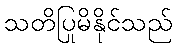
သတိပြုမိနိုင်သည်